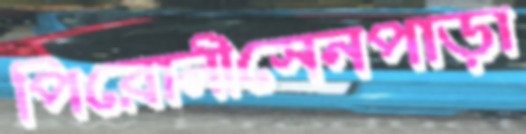
পিরোলীসেনপাড়া